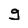
Character: g